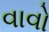
વાવો